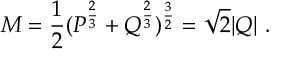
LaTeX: M = { \frac { 1 } { 2 } } ( P ^ { \frac { 2 } { 3 } } + Q ^ { \frac { 2 } { 3 } } ) ^ { \frac { 3 } { 2 } } = \sqrt 2 | Q | \ .